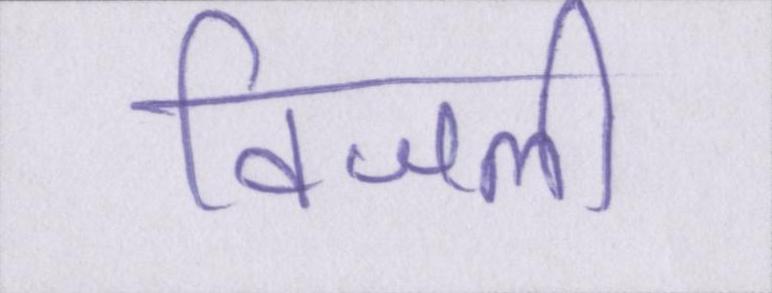
विजली